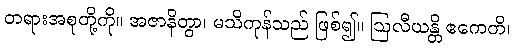
တရားအစုတို့ကို။ အဇာနိတွာ၊ မသိကုန်သည် ဖြစ်၍။ ဩလီယန္တိ ဧကေတိ၊